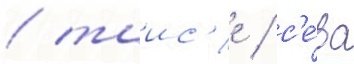
/ таис'е / с'е́ва